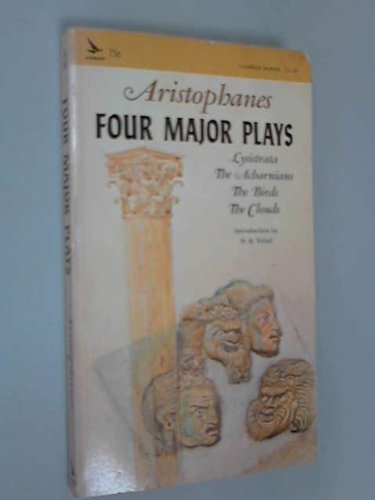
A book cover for Four Major Plays: Lysistrata, The Acharnians, The Birds, The Clouds; Aristophanes; Literature & Fiction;